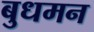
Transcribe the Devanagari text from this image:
बुधमन